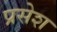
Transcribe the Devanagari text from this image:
प्रसेश